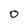
Character: 0